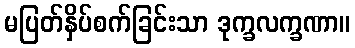
မပြတ်နှိပ်စက်ခြင်းသာ ဒုက္ခလက္ခဏာ။